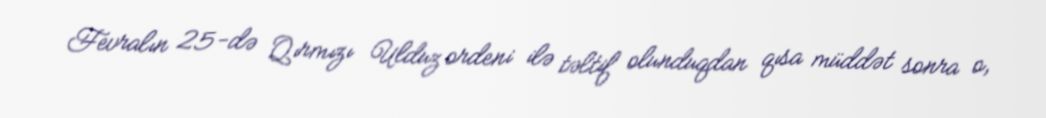
Fevralın 25-də Qırmızı Ulduz ordeni ilə təltif olunduqdan qısa müddət sonra o,